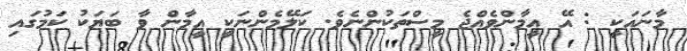
މާނައަކީ : އޭ އީމާންވެއްޖެ މީސްތަކުންނެވެ. ކަލޭމެންނަކީ އީމާން ވާ ބަޔަކު ކަމުގައި